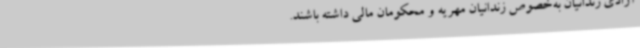
آزادی زندانیان به‌خصوص زندانیان مهریه و محکومان مالی داشته باشند.